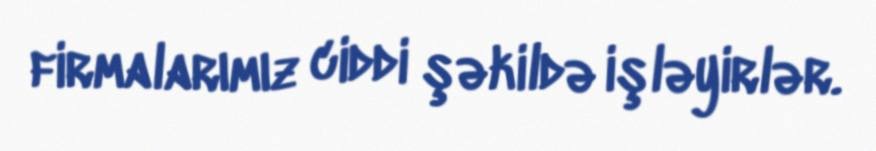
firmalarımız ciddi şəkildə işləyirlər.